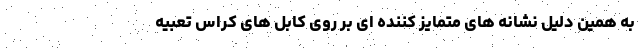
به همین دلیل نشانه های متمایز کننده ای بر روی کابل های کراس تعبیه